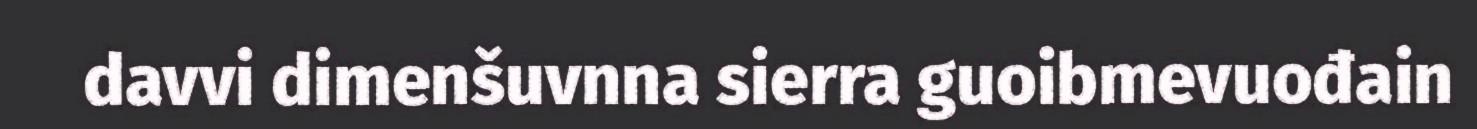
davvi dimenšuvnna sierra guoibmevuođain